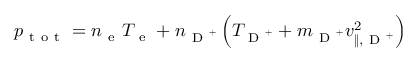
p _ { \mathrm { ~ t ~ o ~ t ~ } } = n _ { \mathrm { ~ e ~ } } T _ { \mathrm { ~ e ~ } } + n _ { \mathrm { ~ D ~ } ^ { + } } \left( T _ { \mathrm { ~ D ~ } ^ { + } } + m _ { \mathrm { ~ D ~ } ^ { + } } v _ { \| , \mathrm { ~ D ~ } ^ { + } } ^ { 2 } \right)